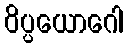
ဝိပ္ပယောဂေါ